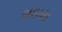
લદાય